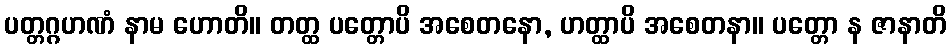
ပတ္တဂ္ဂဟဏံ နာမ ဟောတိ။ တတ္ထ ပတ္တောပိ အစေတနော, ဟတ္ထာပိ အစေတနာ။ ပတ္တော န ဇာနာတိ